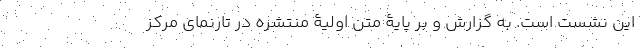
این نشست است. به گزارش و بر پایۀ متن اولیۀ منتشره در تارنمای مرکز